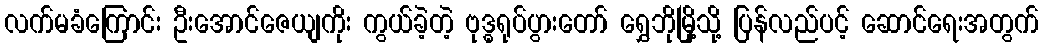
လက်မခံကြောင်း ဦးအောင်ဇေယျကိုး ကွယ်ခဲ့တဲ့ ဗုဒ္ဓရုပ်ပွားတော် ရွှေဘိုမြို့သို့ ပြန်လည်ပင့် ဆောင်ရေးအတွက်